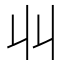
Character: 𫡅